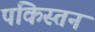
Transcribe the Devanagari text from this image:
पकिस्तन